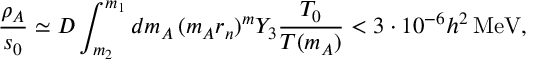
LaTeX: \frac { \rho _ { A } } { s _ { 0 } } \simeq D \int _ { m _ { 2 } } ^ { m _ { 1 } } d m _ { A } \, ( m _ { A } r _ { n } ) ^ { m } Y _ { 3 } \frac { T _ { 0 } } { T ( m _ { A } ) } < 3 \cdot 1 0 ^ { - 6 } h ^ { 2 } \, \mathrm { M e V } ,